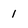
Character: 1